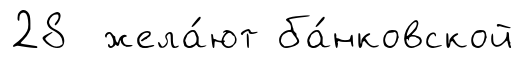
28 жела́ют ба́нковской